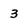
Character: 3